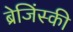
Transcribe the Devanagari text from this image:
ब्रेजिंस्की